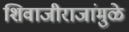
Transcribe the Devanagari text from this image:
शिवाजीराजांमुळे